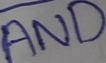
Text: AND